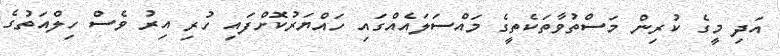
އަދި މީގެ ކުރިން މަސްތުވާތަކެތީގެ މައްސަލައެއްގައި ހައްޔަރުކޮށްފައި ހުރި އިރު ވެސް ހިލްއަތުގެ